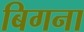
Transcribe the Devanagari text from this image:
बिगना